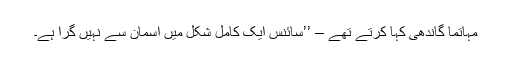
مہاتما گاندھی کہا کرتے تھے – ’’سائنس ایک کامل شکل میں آسمان سے نہیں گرا ہے۔